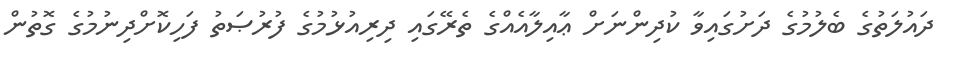
ދައުލަތުގެ ބެލުމުގެ ދަށުގައިވާ ކުދިންނަށް ޢާއިލާއެއްގެ ތެރޭގައި ދިރިއުޅުމުގެ ފުރުޞަތު ފަހިކޮށްދިނުމުގެ ގޮތުން